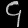
Digit: ၄